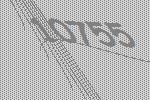
10755